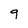
Character: 9